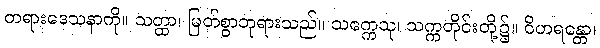
တရားဒေသနာကို။ သတ္ထာ၊ မြတ်စွာဘုရားသည်။ သက္ကေသု၊ သက္ကတိုင်းတို့၌။ ဝိဟရန္တော၊